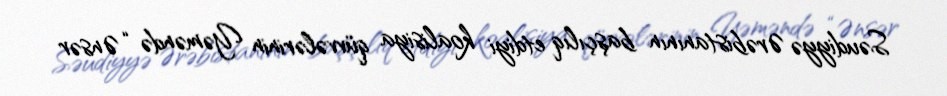
Səudiyyə Ərəbistanının başçılıq etdiyi koalisiya qüvvələrinin Yəməndə “Ənsər